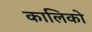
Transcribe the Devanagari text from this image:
कालिको